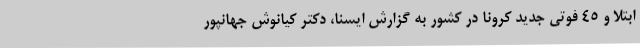
ابتلا و 45 فوتی جدید کرونا در کشور به گزارش ایسنا، دکتر کیانوش جهانپور